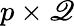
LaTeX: p\times\mathscr{Q}